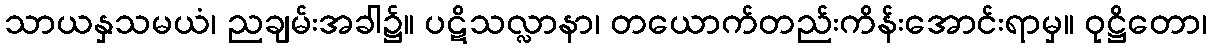
သာယနှသမယံ၊ ညချမ်းအခါ၌။ ပဋိသလ္လာနာ၊ တယောက်တည်းကိန်းအောင်းရာမှ။ ဝုဋ္ဌိတော၊